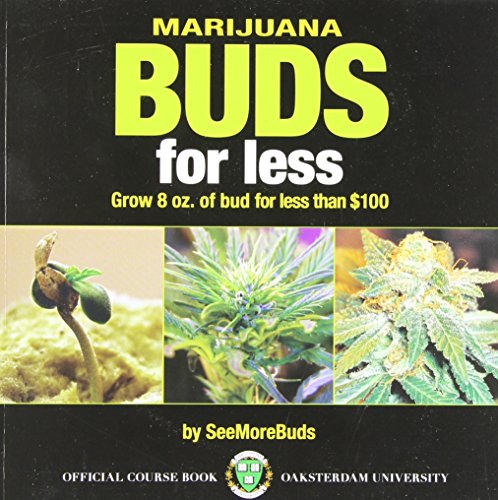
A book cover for Marijuana Buds for Less: Grow 8 oz. of Bud for Less Than $100; SeeMoreBuds; Crafts, Hobbies & Home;